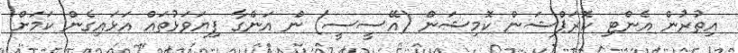
އިތުރުން އެންޓި ކޮރަޕްޝަން ކޮމިޝަން (އޭސީސީ) ން އަންގާ ފިޔަވަޅުތައް އަޅައިގެން ކަމަށް